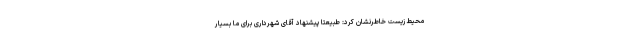
محیط‌زیست خاطرنشان کرد: طبیعتا پیشنهاد آقای شهرداری برای ما بسیار